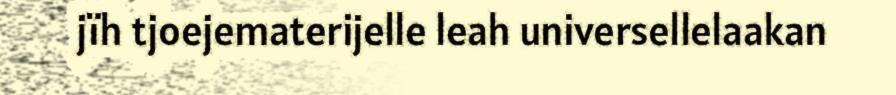
jïh tjoejematerijelle leah universellelaakan